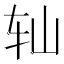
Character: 𫐅